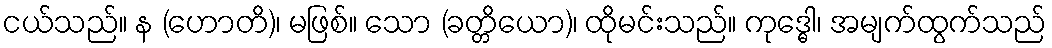
ငယ်သည်။ န (ဟောတိ)၊ မဖြစ်။ သော (ခတ္တိယော)၊ ထိုမင်းသည်။ ကုဒ္ဓေါ၊ အမျက်ထွက်သည်